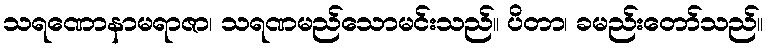
သရဏောနာမရာဇာ၊ သရဏမည်သောမင်းသည်။ ပိတာ၊ ခမည်းတော်သည်။